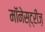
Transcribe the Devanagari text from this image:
मॉनेस्ट्रीज़